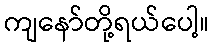
ကျနော်တို့ရယ်ပေါ့။